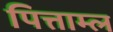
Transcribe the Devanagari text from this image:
पित्ताम्ल